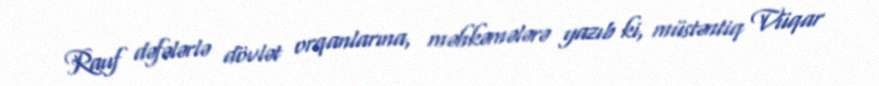
Rauf dəfələrlə dövlət orqanlarına, məhkəmələrə yazıb ki, müstəntiq Vüqar